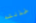
خذلته